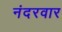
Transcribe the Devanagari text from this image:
नंदरवार